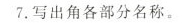
7.写出角各部分名称。